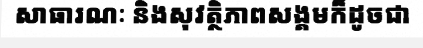
សាធារណៈ និងសុវត្ថិភាពសង្គមក៏ដូចជា